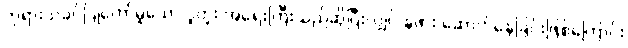
ဘုရားသခင်ပြုတော်မူသော ပူတူး အရေးကြီးသည်ဆိုပြီးလျှင် နဖား ဆောက်နေခြင်းဖြစ်ကြောင်း